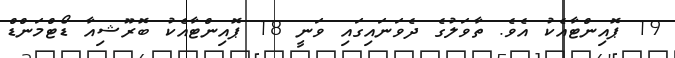
19 ޕޮއިންޓާއެކު އެވެ. ތާވަލުގެ ދެވަނައިގައި ވަނީ 18 ޕޮއިންޓާއެކު ބޮރޫޝިއާ ޑޯޓްމަންޑް